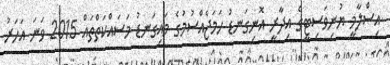
އިސްލާމީ ޔުނިވަސިޓީގެ އިދާރީ އޮނިގަނޑު ހަަމަޖެއްސުމުގެ މައިގަނޑު މަސައްކަތްތައް 2015 ވަަނަ އަހަރު